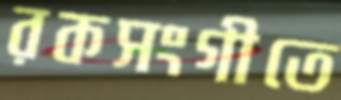
রকসংগীতে